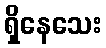
ရှိနေသေး